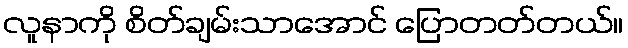
လူနာကို စိတ်ချမ်းသာအောင် ပြောတတ်တယ်။